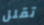
تقلل